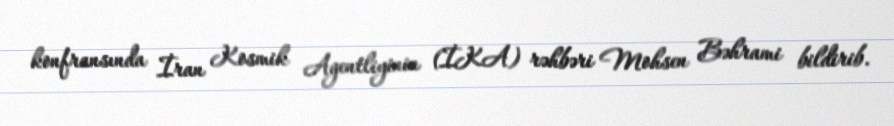
konfransında İran Kosmik Agentliyinin (İKA) rəhbəri Mohsen Bəhrami bildirib.